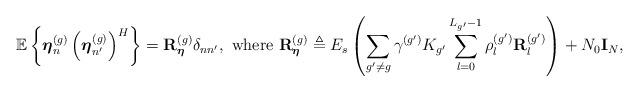
LaTeX: \begin{align*}\mathbb{E}\left\{\boldsymbol{\eta}_n^{(g)}\left(\boldsymbol{\eta}_{n'}^{(g)}\right)^H\right\}=\mathbf{R}^{(g)}_{\boldsymbol{\eta}}\delta_{nn'},\textrm{ where }\mathbf{R}^{(g)}_{\boldsymbol{\eta}} \triangleq E_s \left(\sum_{g' \neq g} \gamma^{(g')} K_{g'} \sum_{l=0}^{L_{g'}-1}\rho_l^{(g')}\mathbf{R}_l^{(g')}\right)+N_0\mathbf{I}_N, \end{align*}